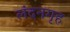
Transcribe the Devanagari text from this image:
लंदनगृह